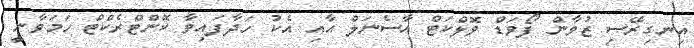
އިނގިރޭސި ޒުވާން ފޯވަޑް ވޮލްކަޓް އާސެނަލް އާއި އެކު ހަދާފައިވާ ކޮންޓްރެކްޓް ހަމަވާނީ